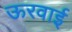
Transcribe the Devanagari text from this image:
ऊरवाई